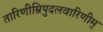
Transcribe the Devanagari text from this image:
तारिणीम्रिपुदलवारिणीम्